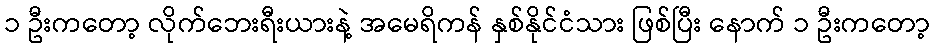
၁ ဦးကတော့ လိုက်ဘေးရီးယားနဲ့ အမေရိကန် နှစ်နိုင်ငံသား ဖြစ်ပြီး နောက် ၁ ဦးကတော့